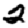
Digit: 2